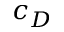
c _ { D }